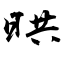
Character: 晎